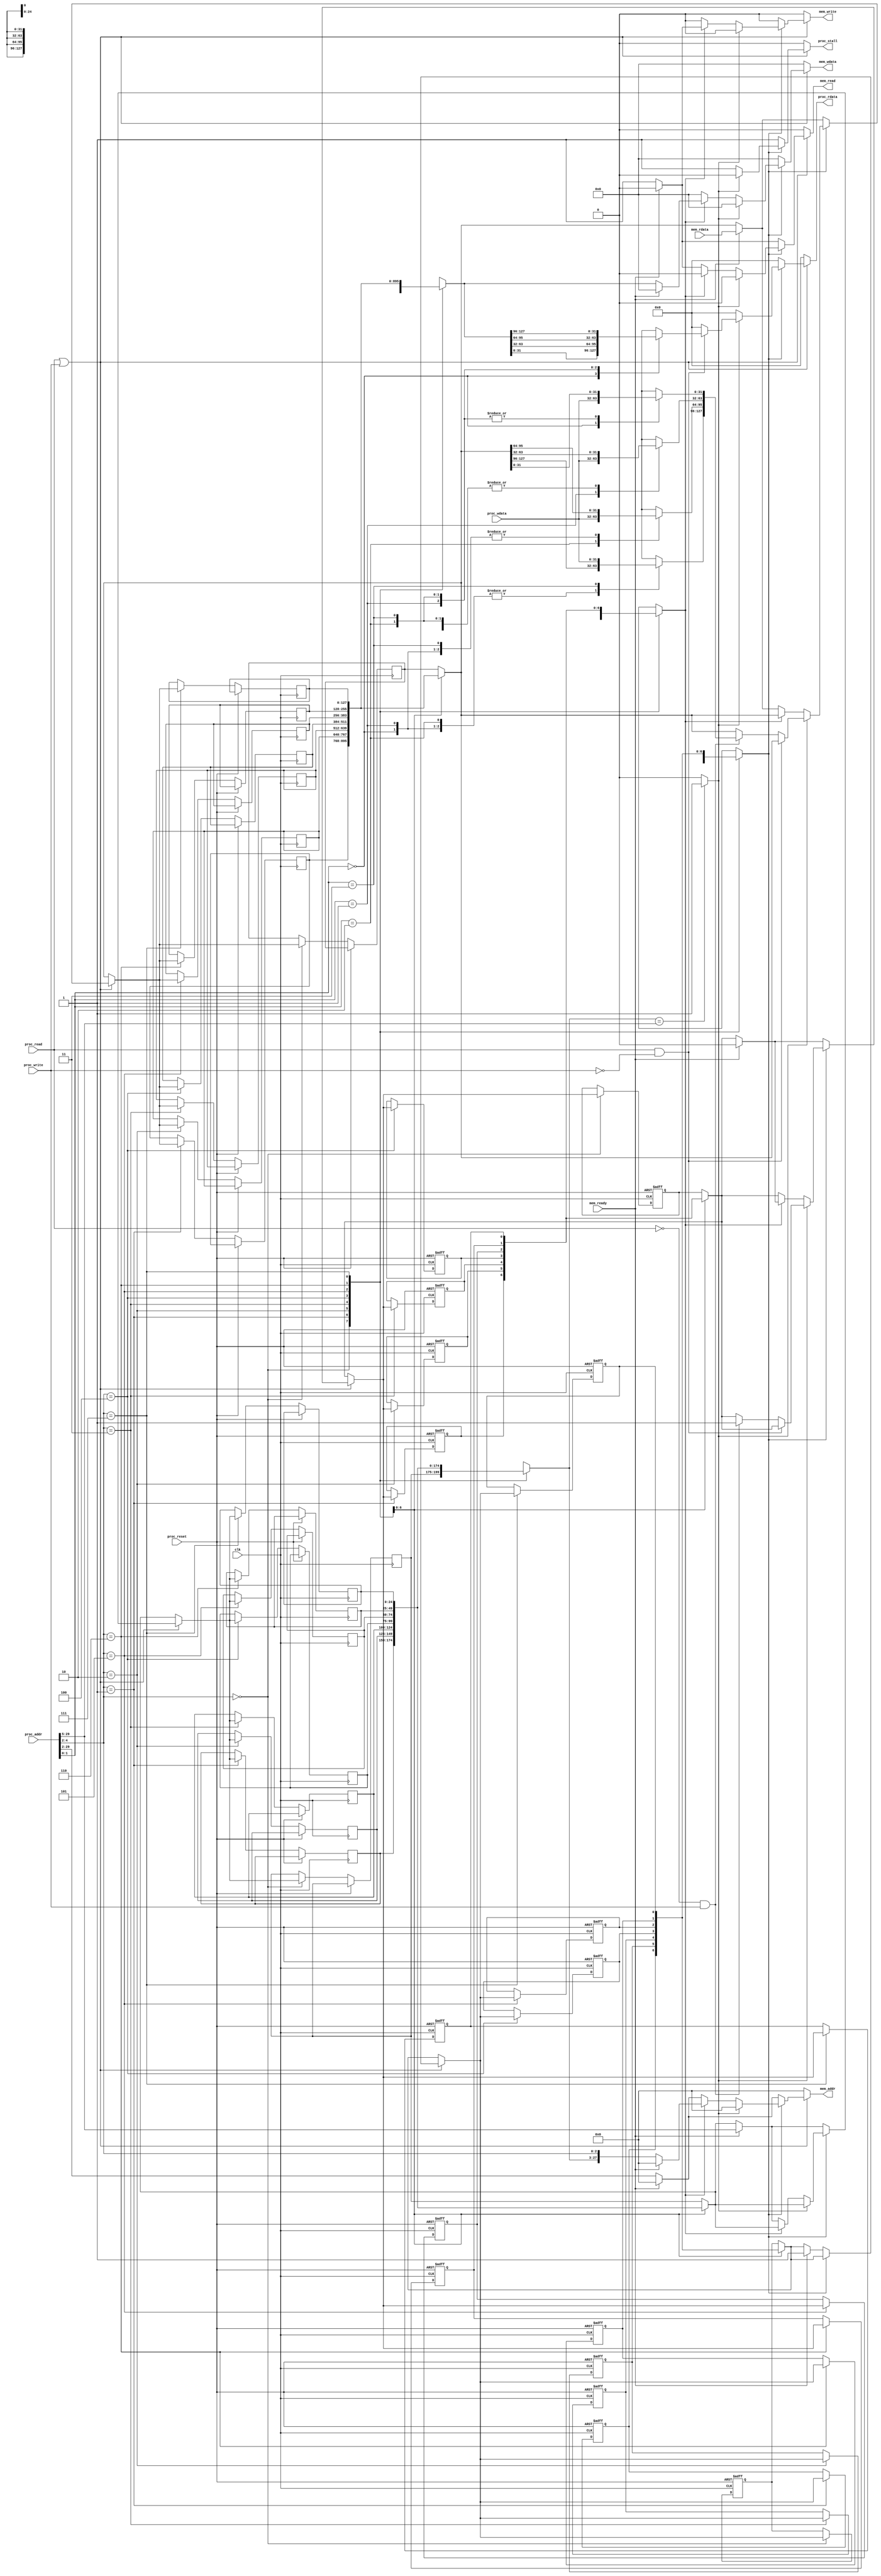
module cache(
    clk,
    proc_reset,
    proc_read,
    proc_write,
    proc_addr,
    proc_wdata,
    proc_stall,
    proc_rdata,
    mem_read,
    mem_write,
    mem_addr,
    mem_rdata,
    mem_wdata,
    mem_ready
);

//==== input/output definition ============================
    input          clk;
    // processor interface
    input          proc_reset;
    input          proc_read, proc_write;
    input   [29:0] proc_addr;
    input   [31:0] proc_wdata;
    output         proc_stall;
    output  [31:0] proc_rdata;
    // memory interface
    input  [127:0] mem_rdata;
    input          mem_ready;
    output         mem_read, mem_write;
    output  [27:0] mem_addr;
    output [127:0] mem_wdata;

//==== wire/reg definition ================================
    // 8 blocks with 4 words
    reg  [127:0] block[7:0];
    reg  [127:0] block_next;
    reg          blockvalid[7:0];
    reg          blockvalid_next;
    reg          blockdirty[7:0];
    reg          blockdirty_next;
    reg  [24:0]  blocktag[7:0];
    reg  [24:0]  blocktag_next;
	//output
	//processor interface
	reg		[31:0] proc_rdata;
	reg			   proc_stall;
	//memory interface
	reg			   mem_read,mem_write;
	reg		[27:0] mem_addr;
	reg	   [127:0] mem_wdata;

    // MUX-output
    wire  [24:0]  tag;
    wire          valid;
    wire          dirty;
    wire  [127:0] blockdata;

    // divide proc_addr_r into 3 wire
    wire  [1:0] wordIndex;
    wire  [2:0] blockIndex;
    wire [24:0] dataTag;

    wire hit;

	integer i;

//==== combinational circuit ==============================
    assign wordIndex  = proc_addr[1:0];
    assign blockIndex = proc_addr[4:2];
    assign dataTag    = proc_addr[29:5];

    assign tag = blocktag[blockIndex];
    assign valid = blockvalid[blockIndex];
    assign dirty = blockdirty[blockIndex];
    assign blockdata = block[blockIndex];

    assign hit = (tag == dataTag) ? 1 :0;

    // read/write in cache
	always@(*) begin
		//default
		mem_read   = 0;
		mem_write  = 0;
		mem_addr   = 0;
		mem_wdata  = 0;
		proc_stall = 0;
		proc_rdata = 0;

        block_next = block[blockIndex];
        blockvalid_next = blockvalid[blockIndex];
        blockdirty_next = blockdirty[blockIndex];
        blocktag_next = blocktag[blockIndex];
		//read or write
		if (proc_read || proc_write)begin
			if (valid == 1) begin
				if(hit)begin
                    //read hit
					if(proc_read && ~proc_write) begin
						case(wordIndex)
							2'd0: proc_rdata = blockdata[31:0];
							2'd1: proc_rdata = blockdata[63:32];
							2'd2: proc_rdata = blockdata[95:64];
							2'd3: proc_rdata = blockdata[127:96];
						endcase
						proc_stall = 0;
					end
					//write hit
					else if(~proc_read && proc_write)begin
						case(wordIndex)
							2'd0: block_next[31:0]   = proc_wdata;
							2'd1: block_next[63:32]  = proc_wdata;
							2'd2: block_next[95:64]  = proc_wdata;
							2'd3: block_next[127:96] = proc_wdata;
						endcase
						blockdirty_next = 1;
						proc_stall = 0;
					end
				end
				else begin
					proc_stall = 1;
					// MISS
					if(dirty == 0) begin
						if(mem_ready == 0) begin
							mem_read = 1;
							mem_write = 0;
							mem_addr = proc_addr[29:2];
						end
						else begin
							mem_read  = 0;
							mem_write = 0;
							block_next = mem_rdata;
							blocktag_next = dataTag;
						end
					end
					// WB
					else begin
						if(mem_ready == 0 ) begin
							mem_read  = 0;
							mem_write = 1;
                            mem_addr   = {tag[24:0],blockIndex[2:0]};
                            mem_wdata  = blockdata;
						end
						else begin
                            mem_read   = 1'b0;
                            mem_write  = 1'b0;
                            blockdirty_next = 1'b0;
						end
					end
				end
			end
			//valid = 0
			else begin
				proc_stall = 1;
				if (mem_ready == 0) begin
					mem_read  = 1;
					mem_write = 0;
					mem_addr  = proc_addr[29:2];
				end
				else begin
					mem_read  = 0;
					mem_write = 0;
					block_next = mem_rdata;
					blocktag_next = dataTag;
					blockvalid_next = 1'b1;
					blockdirty_next = 1'b0;
				end
			end
		end

		// read=0 && write=0
		else begin
			mem_read   = 0;
			mem_write  = 0;
			mem_addr   = 0;
			mem_wdata  = 0;
			proc_stall = 0;
			proc_rdata = 0;
		end
	end

//==== sequential circuit =================================
	always@(posedge clk or posedge proc_reset) begin
		if(proc_reset)begin
			for (i=0;i<=7;i=i+1)begin
				blockdirty[i] <= 1'b0;
                blockvalid[i] <= 1'b0;
            end
		end
        else begin
            block[blockIndex] <= block_next;
            blocktag[blockIndex] <= blocktag_next;
            blockvalid[blockIndex] <= blockvalid_next;
            blockdirty[blockIndex] <= blockdirty_next;
		end
	end

endmodule